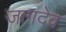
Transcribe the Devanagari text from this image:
जागदेव